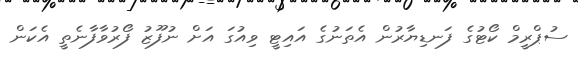
ސުޕްރީމް ކޯޓުގެ ފަނޑިޔާރުން އެތަނުގެ އައިޓީ ވިއުގަ އަށް ނުފޫޒު ފޯރުވާފާނެތީ އެކަން